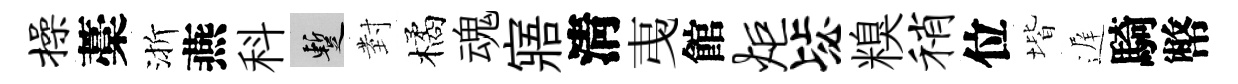
操藁渐燕科暫𭔹橘魂寤淸𢎯館炬毖糗稍位堦遅騎幣